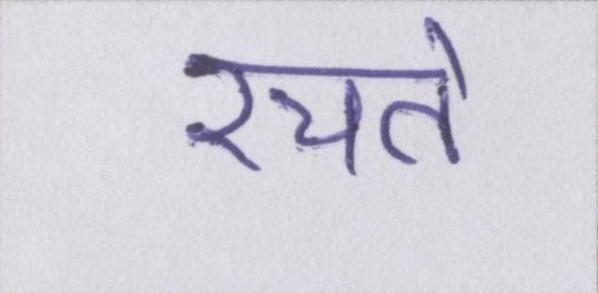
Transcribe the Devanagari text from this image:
रचते